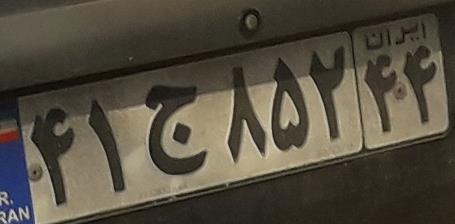
۴۱ج۸۵۲۴۴